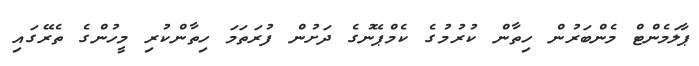
ޕާލަމެންޓް މެންބަރުން ހިތާން ކުރުމުގެ ކެމްޕޭނުގެ ދަށުން ފުރަތަމަ ހިތާންކުރި މީހުންގެ ތެރޭގައި